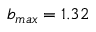
b _ { m a x } = 1 . 3 2